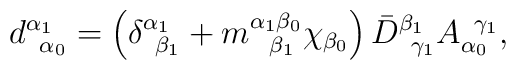
d_{\;\;\alpha _{0}}^{\alpha _{1}}=\left( \delta _{\;\;\beta _{1}}^{\alpha_{1}}+m_{\;\;\;\beta _{1}}^{\alpha _{1}\beta _{0}}\chi _{\beta _{0}}\right) \bar{D}_{\;\;\gamma _{1}}^{\beta _{1}}A_{\alpha _{0}}^{\;\;\gamma _{1}},